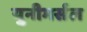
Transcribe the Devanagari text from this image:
युनीभर्सल